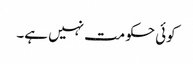
کوئی حکومت نہیں ہے۔